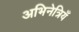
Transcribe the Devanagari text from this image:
अभिनेत्रियँ